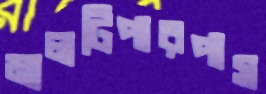
মালটিপারপাস